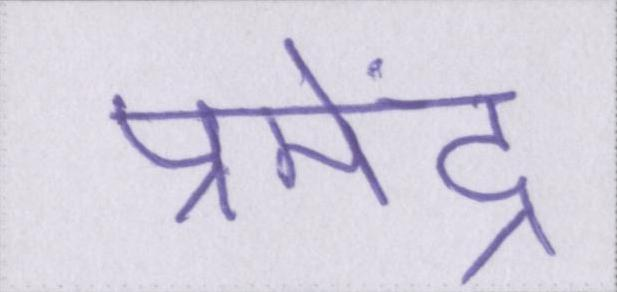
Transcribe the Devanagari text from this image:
प्रमेंद्र